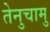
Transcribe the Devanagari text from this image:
तेनुचामु